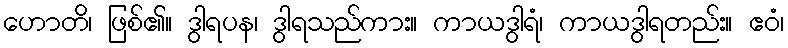
ဟောတိ၊ ဖြစ်၏။ ဒွါရပန၊ ဒွါရသည်ကား။ ကာယဒွါရံ၊ ကာယဒွါရတည်း။ ဧဝံ၊